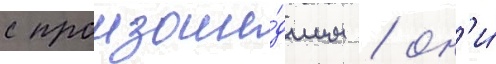
с произоше́дшим / он'и́